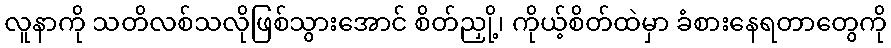
လူနာကို သတိလစ်သလိုဖြစ်သွားအောင် စိတ်ညှို့၊ ကိုယ့်စိတ်ထဲမှာ ခံစားနေရတာတွေကို